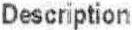
DESCRIPTION